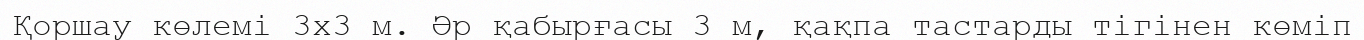
Қоршау көлемі 3x3 м. Әр қабырғасы 3 м, қақпа тастарды тігінен көміп